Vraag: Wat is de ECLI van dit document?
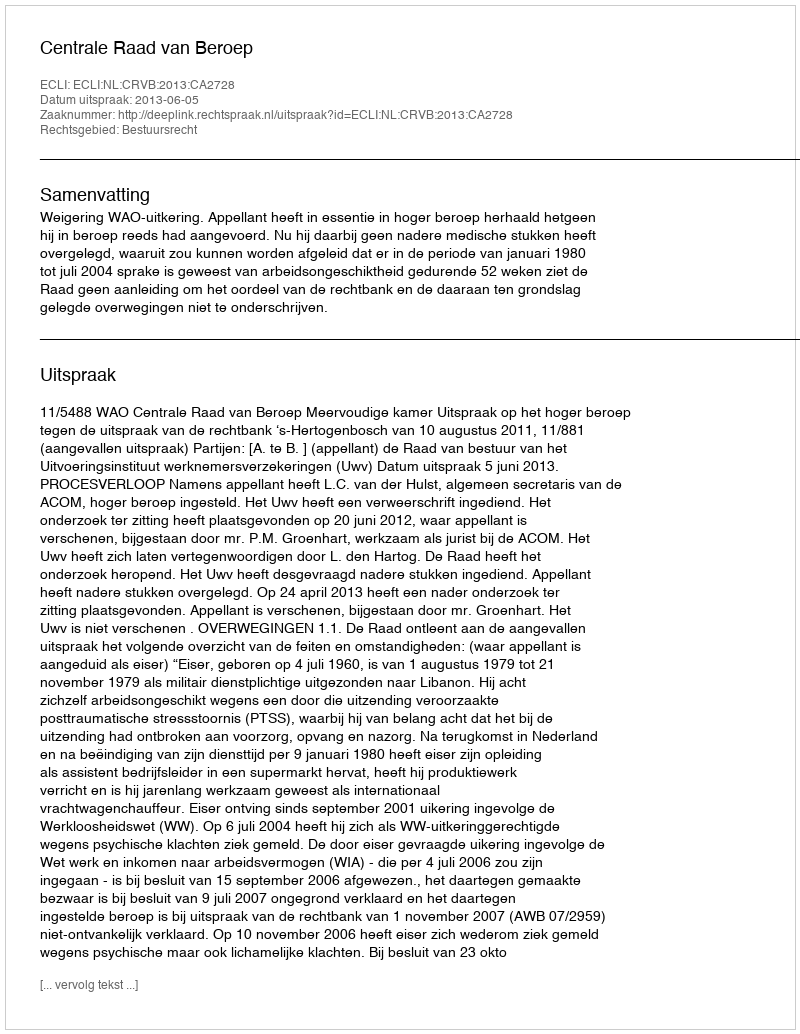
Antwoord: ECLI:NL:CRVB:2013:CA2728